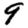
Digit: 9